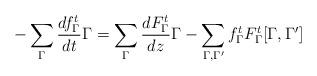
LaTeX: \begin{align*}- \sum_\Gamma \frac{d f^t_\Gamma}{d t} \Gamma= \sum_\Gamma \frac{d F^t_{\Gamma} }{dz}\Gamma-\sum_{\Gamma, \Gamma'}f^t_\Gamma F^t_{\Gamma}[\Gamma, \Gamma']\end{align*}